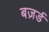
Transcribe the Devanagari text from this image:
बज़र्ड